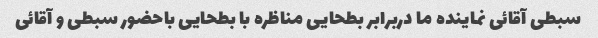
سبطی آقائی نماینده ما دربرابر بطحایی مناظره با بطحایی باحضور سبطی و آقائی